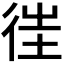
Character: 𢓸